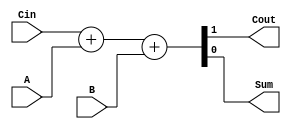
module fullAdder (
  input Cin, A, B,
  output Cout, Sum
);
	assign {Cout,Sum} = Cin+A+B;

endmodule